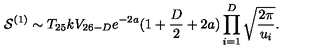
{ \cal S } ^ { ( 1 ) } \sim T _ { 2 5 } k V _ { 2 6 - D } e ^ { - 2 a } ( 1 + \frac { D } { 2 } + 2 a ) \prod _ { i = 1 } ^ { D } \sqrt { \frac { 2 \pi } { u _ { i } } } .